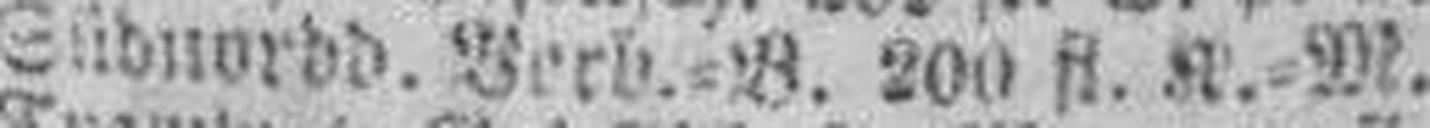
Südnordd. Berb.=B. 200 fl. K.=M.